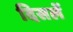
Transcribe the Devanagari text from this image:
दिसलें